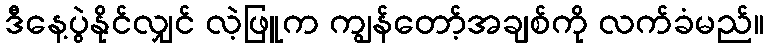
ဒီနေ့ပွဲနိုင်လျှင် လဲ့ဖြူက ကျွန်တော့်အချစ်ကို လက်ခံမည်။